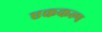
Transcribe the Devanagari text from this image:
एककल्प